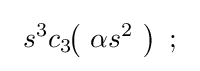
\ s^{3}c_{3}\!\!\left(\ \alpha s^{2}\ \right)\ ;\